Indian journal of veterinary science and animal husbandry - Volumes 24-25, 1954-1955
Year: 1954
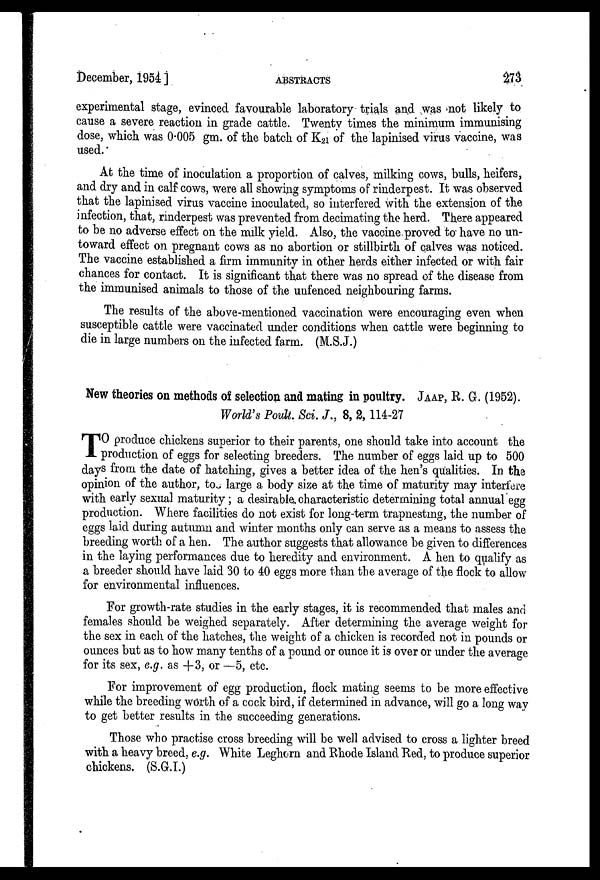
December, 1954]
ABSTRACTS
273
experimental stage, evinced favourable laboratory trials and was not likely to
cause a severe reaction in grade cattle. Twenty times the minimum immunising
dose, which was 0.005 gm. of the batch of K 21 of the lapinised virus vaccine, was
used.
At the time of inoculation a proportion of calves, milking cows, bulls, heifers,
and dry and in calf cows, were all showing symptoms of rinderpest. It was observed
that the lapinised virus vaccine inoculated, so interfered with the extension of the
infection, that, rinderpest was prevented from decimating the herd. There appeared
to be no adverse effect on the milk yield. Also, the vaccine proved to have no un-
toward effect on pregnant cows as no abortion or stillbirth of calves was noticed.
The vaccine established a firm immunity in other herds either infected or with fair
chances for contact. It is significant that there was no spread of the disease from
the immunised animals to those of the unfenced neighbouring farms.
The results of the above-mentioned vaccination were encouraging even when
susceptible cattle were vaccinated under conditions when cattle were beginning to
die in large numbers on the infected farm. (M.S.J.)
New theories on methods of selection and mating in poultry. JAAP, R. G. (1952).
World's Poult. Sci. J., 8, 2, 114-27
T O produce chickens superior to their parents, one should take into account the
production of eggs for selecting breeders. The number of eggs laid up to 500
days from the date of hatching, gives a better idea of the hen's qualities. In the
opinion of the author, to large a body size at the time of maturity may interfere
with early sexual maturity ; a desirable characteristic determining total annual egg
production. Where facilities do not exist for long-term trapnesting, the number of
eggs laid during autumn and winter months only can serve as a means to assess the
breeding worth of a hen. The author suggests that allowance be given to differences
in the laying performances due to heredity and environment. A hen to qualify as
a breeder should have laid 30 to 40 eggs more than the average of the flock to allow
for environmental influences.
For growth-rate studies in the early stages, it is recommended that males and
females should be weighed separately. After determining the average weight for
the sex in each of the hatches, the weight of a chicken is recorded not in pounds or
ounces but as to how many tenths of a pound or ounce it is over or under the average
for its sex, e.g. as +3, or —5, etc.
For improvement of egg production, flock mating seems to be more effective
while the breeding worth of a cock bird, if determined in advance, will go a long way
to get better results in the succeeding generations.
Those who practise cross breeding will be well advised to cross a lighter breed
with a heavy breed, e.g. White Leghorn and Rhode Island Red, to produce superior
chickens. (S.G.I.)